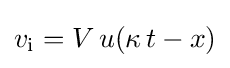
v_{\mathrm {i} }=V\,u(\kappa \,t-x)\,\!